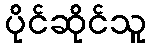
ပိုင်ဆိုင်သူ